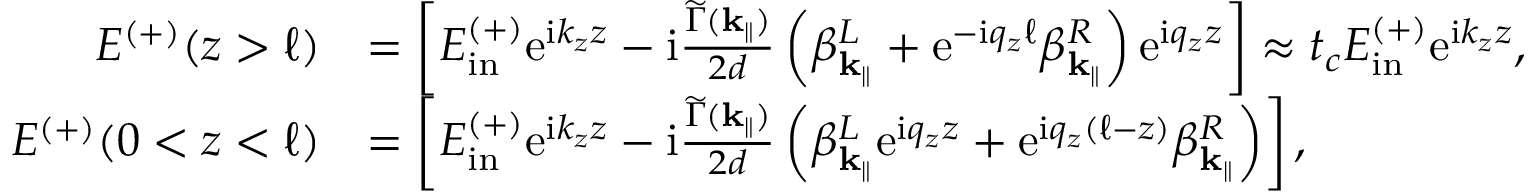
\begin{array} { r l } { E ^ { ( + ) } ( z > \ell ) } & { = \left[ E _ { \mathrm { i n } } ^ { ( + ) } \mathrm { e } ^ { \mathrm { i } k _ { z } z } - \mathrm { i } \frac { \widetilde \Gamma ( \mathbf { k } _ { \parallel } ) } { 2 d } \left( \beta _ { \mathbf { k } _ { \parallel } } ^ { L } + \mathrm { e } ^ { - \mathrm { i } q _ { z } \ell } \beta _ { \mathbf { k } _ { \parallel } } ^ { R } \right) \mathrm { e } ^ { \mathrm { i } q _ { z } z } \right] \approx t _ { c } E _ { \mathrm { i n } } ^ { ( + ) } \mathrm { e } ^ { \mathrm { i } k _ { z } z } , } \\ { E ^ { ( + ) } ( 0 < z < \ell ) } & { = \left[ E _ { \mathrm { i n } } ^ { ( + ) } \mathrm { e } ^ { \mathrm { i } k _ { z } z } - \mathrm { i } \frac { \widetilde \Gamma ( { \mathbf { k } _ { \parallel } } ) } { 2 d } \left( \beta _ { \mathbf { k } _ { \parallel } } ^ { L } \mathrm { e } ^ { \mathrm { i } q _ { z } z } + \mathrm { e } ^ { \mathrm { i } q _ { z } ( \ell - z ) } \beta _ { \mathbf { k } _ { \parallel } } ^ { R } \right) \right] , } \end{array}